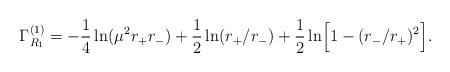
\begin{align*}\Gamma_{R_{1}}^{(1)}=-{1\over 4}\ln(\mu^{2}r_{+}r_{-})+{1\over 2}\ln(r_{+}/r_{-})+{1\over 2}\ln \Bigr[1-(r_{-}/r_{+})^{2}\Bigr] .\end{align*}